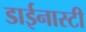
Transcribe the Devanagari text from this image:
डाईनास्टी